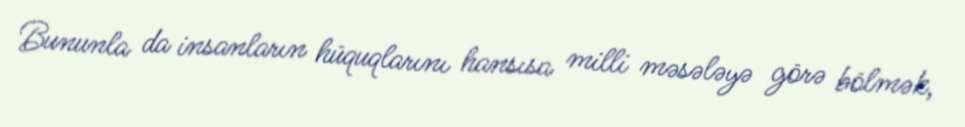
Bununla da insanların hüquqlarını hansısa milli məsələyə görə bölmək,